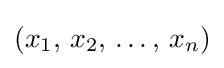
(x_{1},\,x_{2},\,\ldots ,\,x_{n})